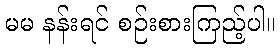
မမ နန်းရင် စဉ်းစားကြည့်ပါ။